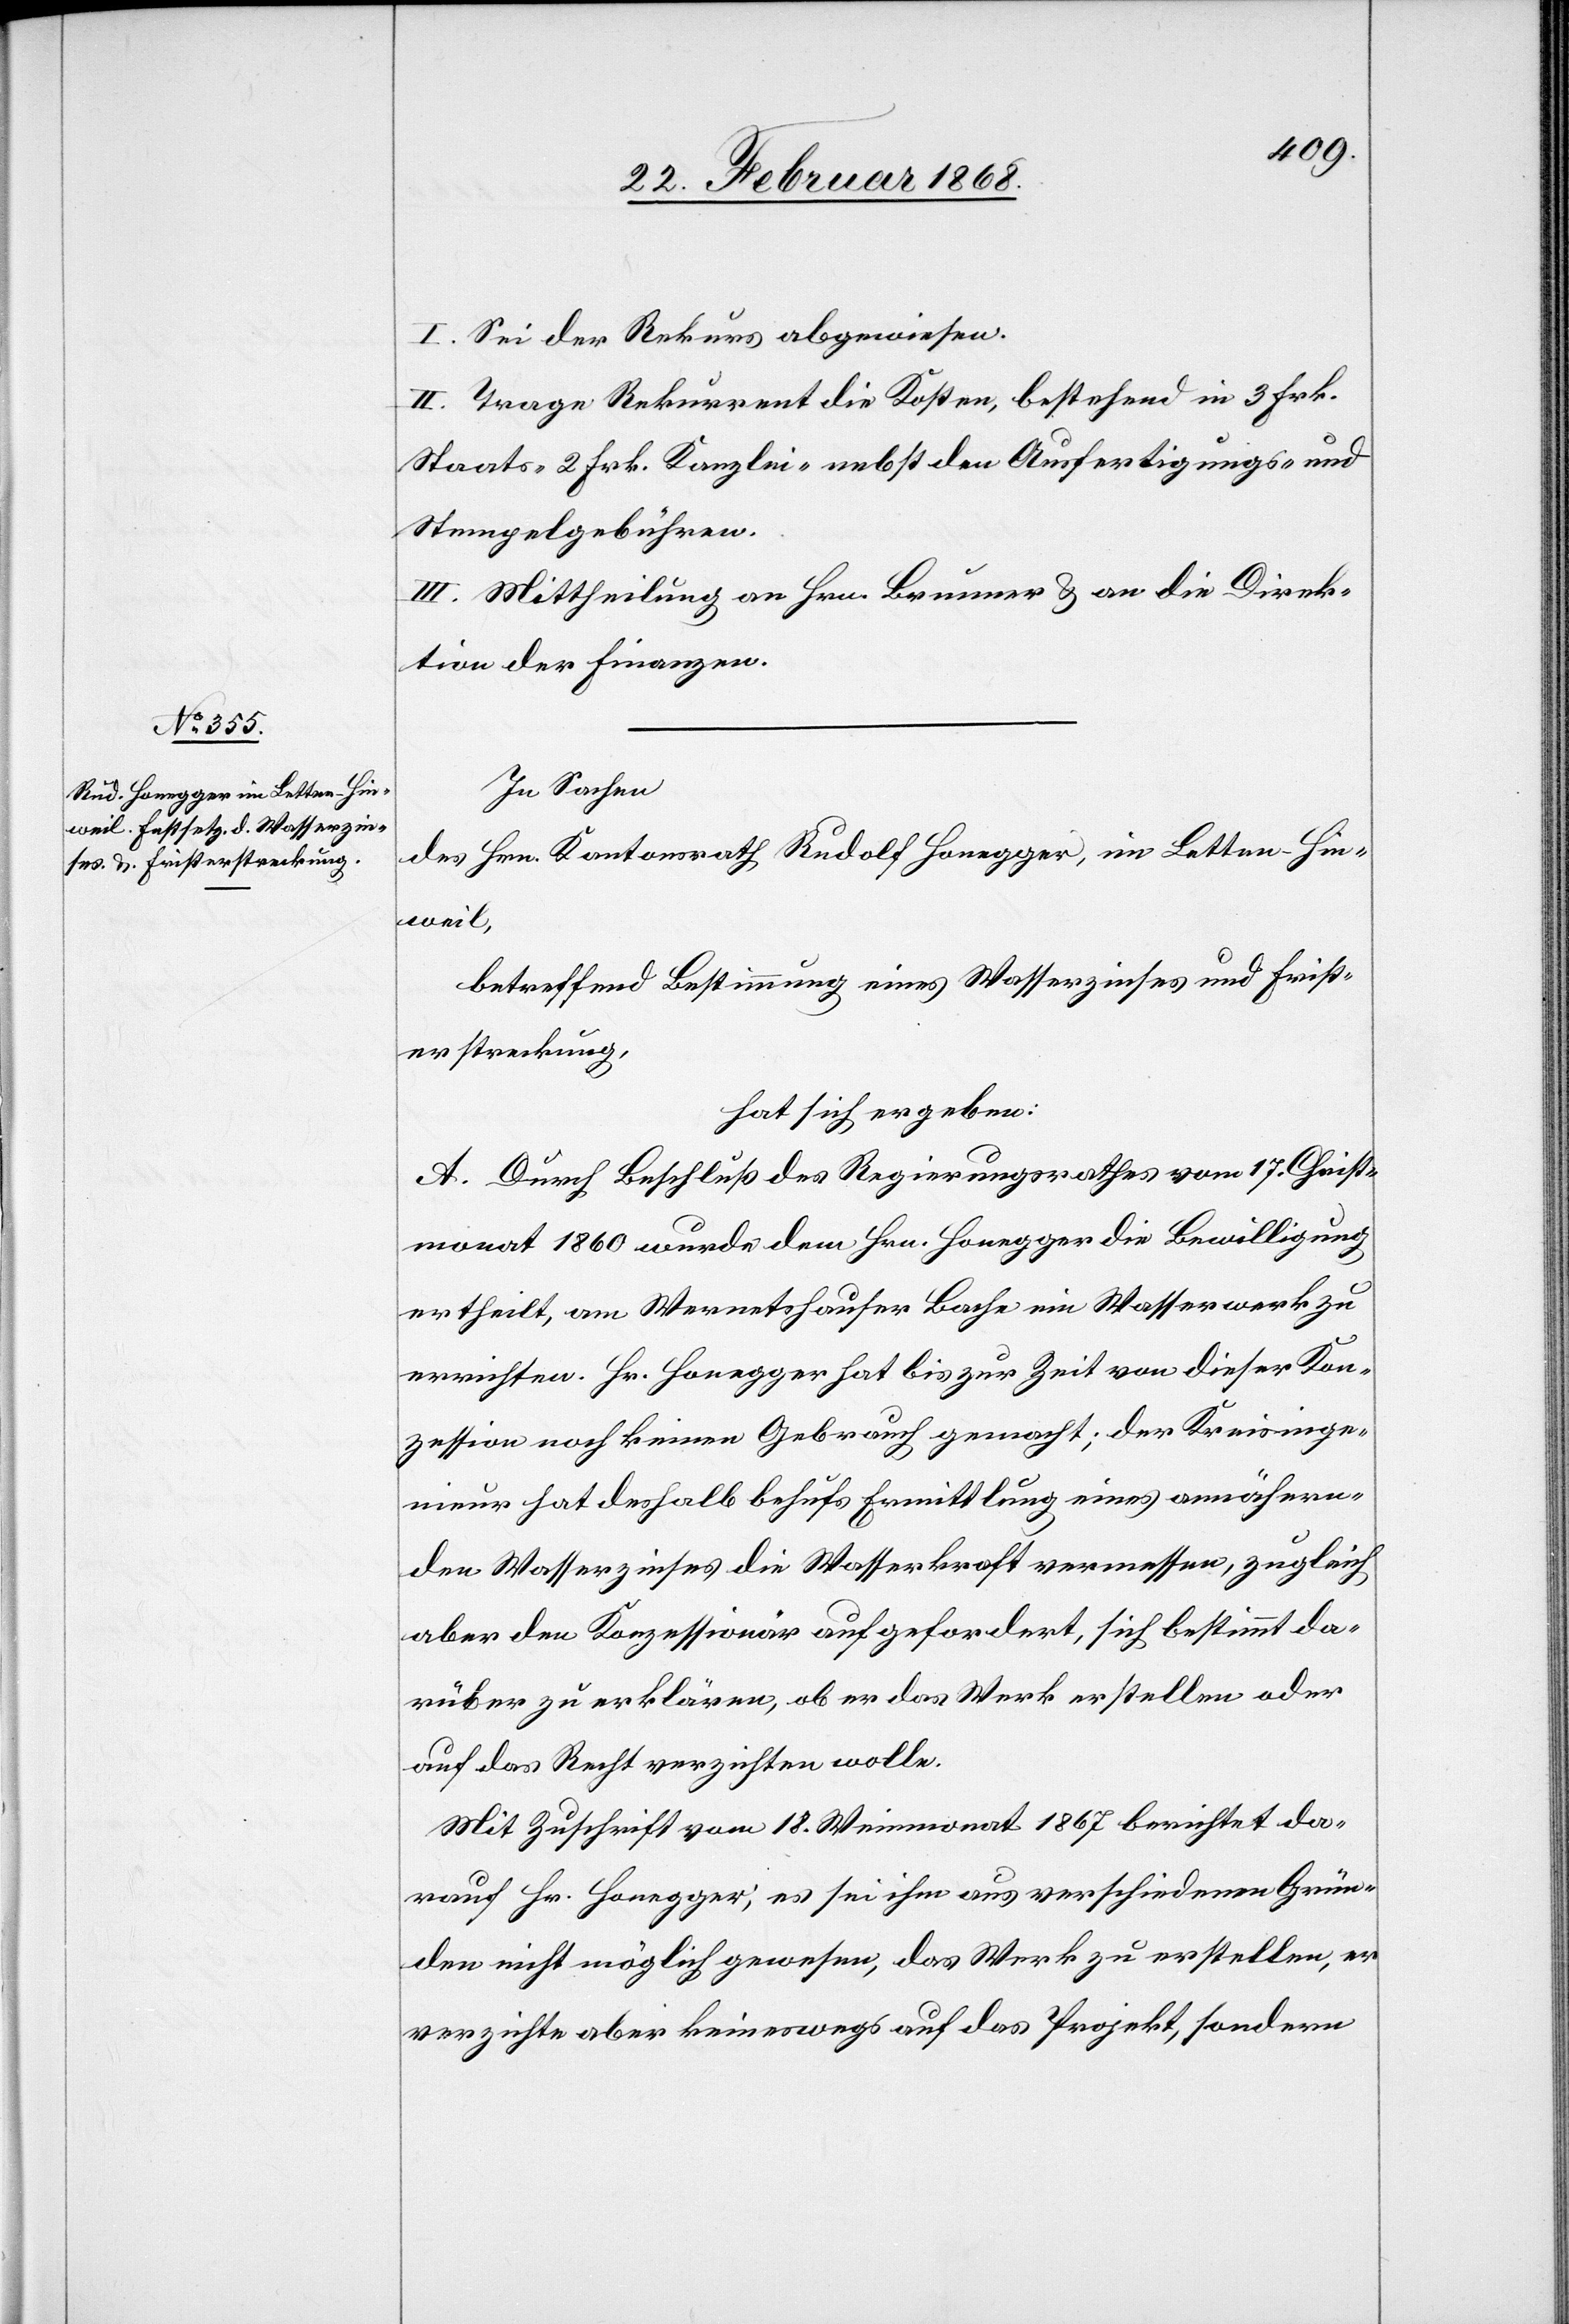
I. Sei der Rekurs abgewiesen.
II. Trage Rekurrent die Kosten, bestehend in 3 Frk.
Staats-[,] 2 Frk. Kanzlei-[,] nebst den Ausfertigungs- und
Stempelgebühren.
III. Mittheilung an Hrn. Brunner & an die Direk¬
tion der Finanzen.
In Sachen
des Hrn. Kantonsrath Rudolf Honegger, im Letten-Hin¬
weil,
betreffend Bestimmung eines Wasserzinses und Frist¬
erstreckung,
hat sich ergeben:
A. Durch Beschluß des Regierungsrathes vom 17. Christ¬
monat 1860 wurde dem Hrn. Honegger die Bewilligung
ertheilt, am Wernetshauser Bache ein Wasserwerk zu
errichten. Hr. Honegger hat bis zur Zeit von dieser Kon¬
zession noch keinen Gebrauch gemacht; der Kreisinge¬
nieur hat deshalb behufs Ermittlung eines annähern¬
den Wasserzinses die Wasserkraft vermessen, zugleich
aber den Konzessionär aufgefordert, sich bestimmt da¬
rüber zu erklären, ob er das Werk erstellen oder
auf das Recht verzichten wolle.
Mit Zuschrift vom 18. Weinmonat 1867 berichtet da¬
rauf Hr. Honegger, es sei ihm aus verschiedenen Grün¬
den nicht möglich gewesen, das Werk zu erstellen, er
verzichte aber keineswegs auf das Projekt, sondern